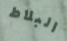
البلاط